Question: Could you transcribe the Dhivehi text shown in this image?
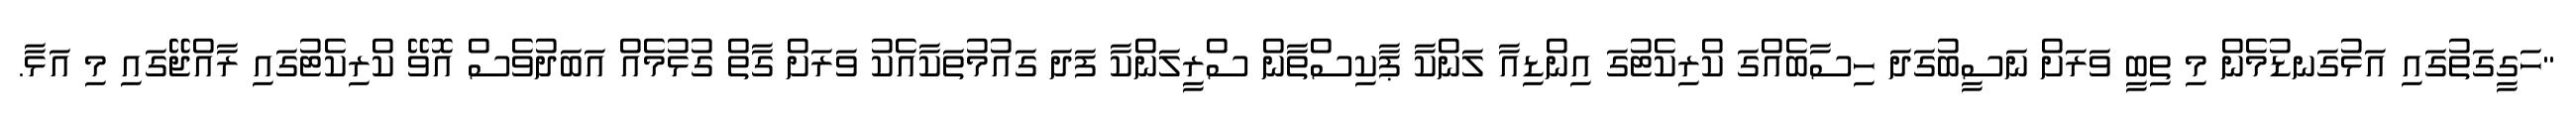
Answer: "ހަގީގަތުގައި އަޅުގަނޑުމެން މި ތިބީ ވަރަށް ނަސީބުގަދަ ހިސާބެއްގަ ކްރިކެޓުގަ އިންޑިއާ ލަންކާ ޕާކިސްތާން ސްރީލަންކާ ފަދަ ގައުމުތަކާއެކު ވަރަށް ގާތް ގުޅުމެއް އަބަދުވެސް އޮވޭ ކްރިކެޓުގައި ރާއްޖޭގައި މި އަޅާ.